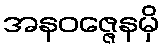
အနဝဇ္ဇေနမှိ